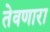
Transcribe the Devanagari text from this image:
तेवणारा